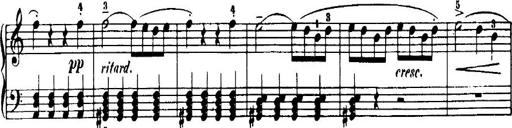
Title: 7 Sonatinas
Composer: Anton Diabelli